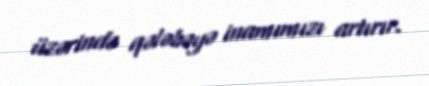
üzərində qələbəyə inamımızı artırır.